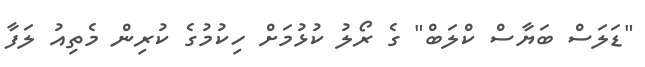
"ޑަލަސް ބަޔާސް ކްލަބް" ގެ ރޯލު ކުޅުމަށް ހިކުމުގެ ކުރިން މެތިއު ލަފާ